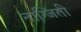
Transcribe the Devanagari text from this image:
नाग्जिती